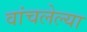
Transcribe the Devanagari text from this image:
वांचलेल्या